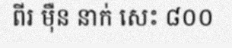
ពីរ ម៉ឺន នាក់ សេះ ៨០០